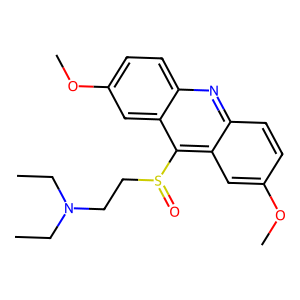
SMILES: CCN(CC)CCS(=O)c1c2cc(OC)ccc2nc2ccc(OC)cc12
Inhibits HIV replication: No